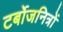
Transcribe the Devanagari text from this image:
टर्बोजनित्रों